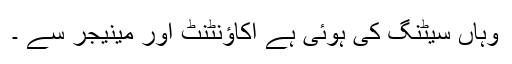
وہاں سیٹنگ کی ہوئی ہے اکاؤنٹنٹ اور مینیجر سے ۔